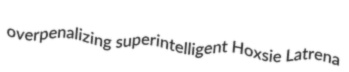
overpenalizing superintelligent Hoxsie Latrena